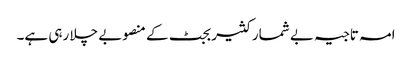
امہ تاجیہ بے شمار کثیر بجٹ کے منصوبے چلا رہی ہے۔